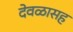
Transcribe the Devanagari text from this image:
देवळासह